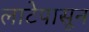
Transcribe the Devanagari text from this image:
लाटेपासून